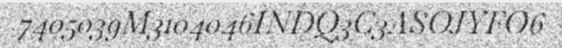
7405039M3104046INDQ3C3ASOJYFO6